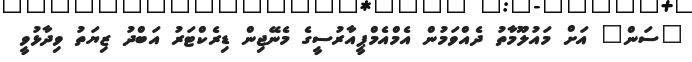
"ސަން" އަށް މައުލޫމާތު ދެއްވަމުން އެމްއެމްޕީއާރުސީގެ މެނޭޖިން ޑިރެކްޓަރު އަބްދު ޒިޔަތު ވިދާޅުވީ